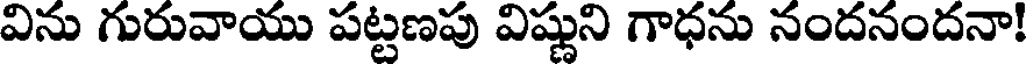
విను గురువాయు పట్టణపు విష్ణుని గాధను నందనందనా!